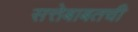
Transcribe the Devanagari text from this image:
सत्तेबाबतची